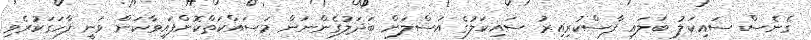
ގެނެސް ސައިކަލު ބަލައި ފާސްކުރިއިރު ސައިކަލުގެ އަސްލަށް ބަދަލުގެންނަން މަސައްކަތްކޮށްފައިވާކަން ވަނީ ފާހަގަކުރެވި